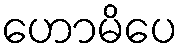
ဟောမိပေ